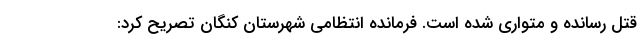
قتل رسانده و متواری شده است. فرمانده انتظامی شهرستان کنگان تصریح کرد: